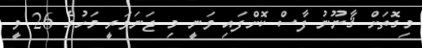
މިގޮތަށް ޤާނޫނު ފާސް ކޮށްފައި ވަނީ މި ޖަނަވަރީ މަހުގެ 26 ވީ